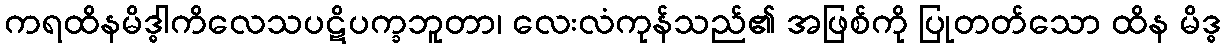
ကရထိနမိဒ္ဓါကိလေသပဋိပက္ခဘူတာ၊ လေးလံကုန်သည်၏ အဖြစ်ကို ပြုတတ်သော ထိန မိဒ္ဓ